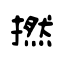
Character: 撚